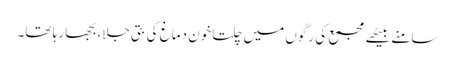
سامنے بیٹھے مجمع کی رگوں میں چلتا خون دماغ کی بتی جلا، بجھا رہا تھا۔